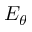
E _ { \theta }